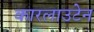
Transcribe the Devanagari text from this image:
कारलाउटेन